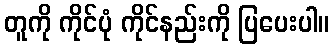
တူကို ကိုင်ပုံ ကိုင်နည်းကို ပြပေးပါ။